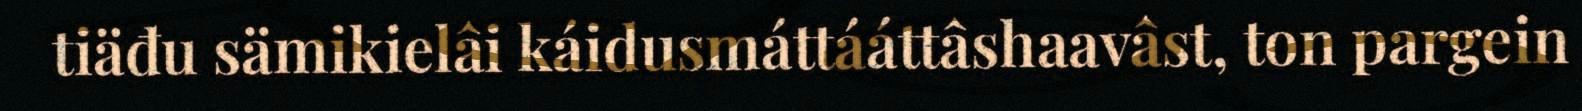
tiäđu sämikielâi káidusmáttááttâshaavâst, ton pargein